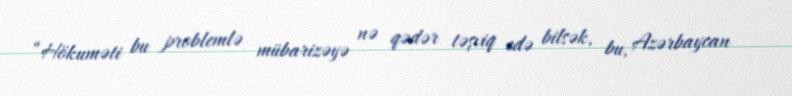
“Hökuməti bu problemlə mübarizəyə nə qədər təşviq edə bilsək, bu, Azərbaycan